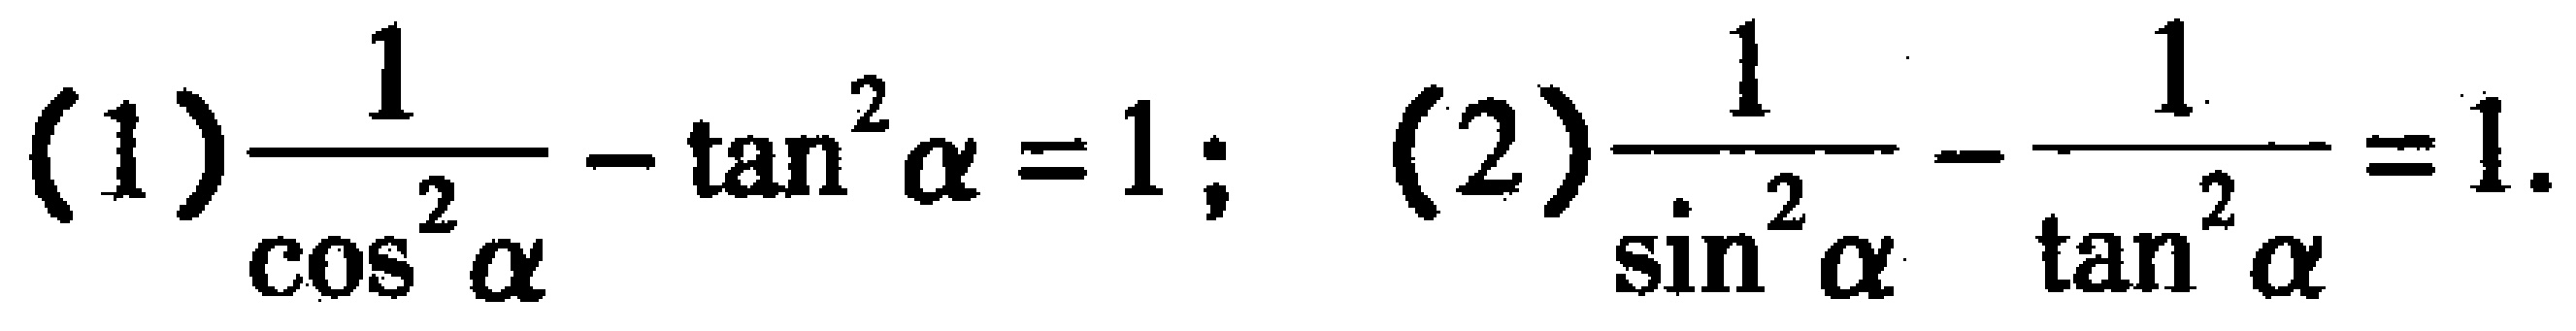
(1)$\frac{1}{\cos^{2}\alpha}-\tan^{2}\alpha = 1$; (2)$\frac{1}{\sin^{2}\alpha}-\frac{1}{\tan^{2}\alpha}=1$.